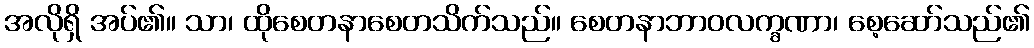
အလိုရှိ အပ်၏။ သာ၊ ထိုစေတနာစေတသိက်သည်။ စေတနာဘာဝလက္ခဏာ၊ စေ့ဆော်သည်၏